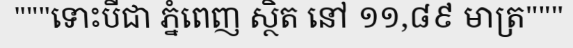
"""ទោះបីជា ភ្នំពេញ ស្ថិត នៅ ១១,៨៩ មាត្រ"""